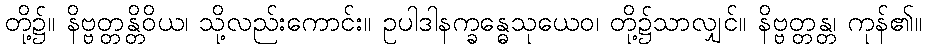
တို့၌။ နိဗ္ဗတ္တန္တိဝိယ၊ သို့လည်းကောင်း။ ဥပါဒါနက္ခန္ဓေသုယေဝ၊ တို့၌သာလျှင်။ နိဗ္ဗတ္တန္တ၊ ကုန်၏။